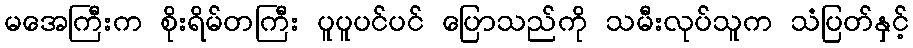
မအေကြီးက စိုးရိမ်တကြီး ပူပူပင်ပင် ပြောသည်ကို သမီးလုပ်သူက သံပြတ်နှင့်